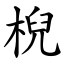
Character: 棿